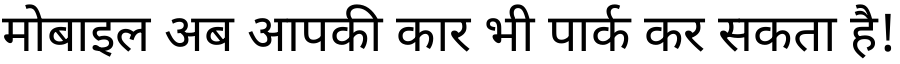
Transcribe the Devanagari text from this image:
मोबाइल अब आपकी कार भी पार्क कर सकता है!